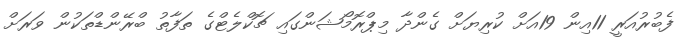
ފެބުރުއަރީ 11އިން 19އަށް ކުރިޔަށް ގެންދާ މިޕްރޮމޯޝަންގައި ޗޮކްލެޓްގެ ތަފާތު ބްރޭންޑްތަކުން ވަރަށް